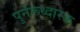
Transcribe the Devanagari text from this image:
पुर्नरूध्दारक